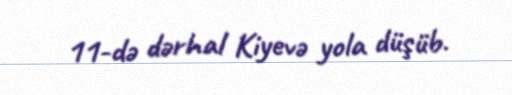
11-də dərhal Kiyevə yola düşüb.